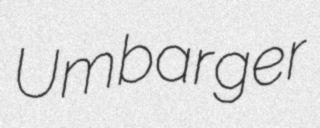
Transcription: Umbarger